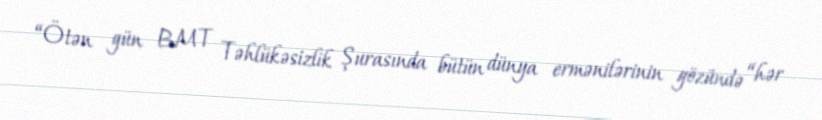
“Ötən gün BMT Təhlükəsizlik Şurasında bütün dünya ermənilərinin gözündə “hər